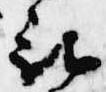
被